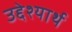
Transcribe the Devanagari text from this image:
उद्देश्यार्थ